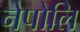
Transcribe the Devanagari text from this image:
नेपोलि